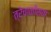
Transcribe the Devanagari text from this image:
त्रेचाळीसवा